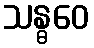
သန္ဓဝေ